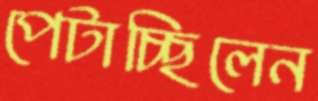
পেটাচ্ছিলেন